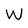
Character: W